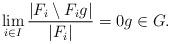
LaTeX: \begin{align*}\lim_{i \in I} \frac{\vert F_i \setminus F_i g\vert}{\vert F_i \vert} = 0 g \in G. \end{align*}